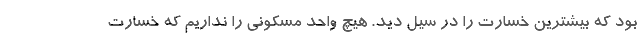
بود که بیشترین خسارت را در سیل دید. هیچ واحد مسکونی را نداریم که خسارت